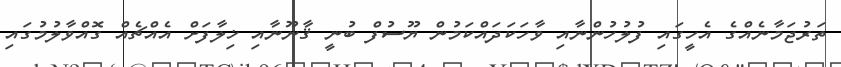
ތަރުޖަމާނެއްގެ އެހީގައި ފުލުހުންނާއި ވާހަކަދައްކަމުން ޔޫސުފް ބުނީ ޤާނޫނާއި ޚިލާފަށް އެއްޗެއް ގޮއްވާލުމުގައި